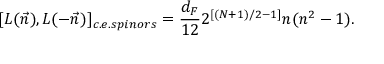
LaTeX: [ L ( \vec { n } ) , L ( - \vec { n } ) ] _ { c . e . s p i n o r s } = \frac { d _ { F } } { 1 2 } 2 ^ { [ ( N + 1 ) / 2 - 1 ] } n ( n ^ { 2 } - 1 ) .